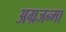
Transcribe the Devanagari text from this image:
अग्रजन्मा